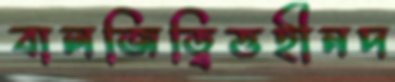
বালজিত্বিত্তহীনদ